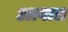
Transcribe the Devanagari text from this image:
आबाल